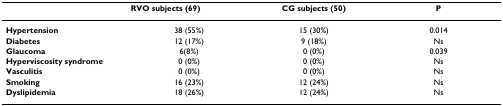
<table><thead><tr><td></td><td><b>RVO subjects (69)</b></td><td><b>CG subjects (50)</b></td><td><b>P</b></td></tr></thead><tbody><tr><td><b>Hypertension</b></td><td>38 (55%)</td><td>15 (30%)</td><td>0.014</td></tr><tr><td><b>Diabetes</b></td><td>12 (17%)</td><td>9 (18%)</td><td>Ns</td></tr><tr><td><b>Glaucoma</b></td><td>6(8%)</td><td>0 (0%)</td><td>0.039</td></tr><tr><td><b>Hyperviscosity syndrome</b></td><td>0 (0%)</td><td>0 (0%)</td><td>Ns</td></tr><tr><td><b>Vasculitis</b></td><td>0 (0%)</td><td>0 (0%)</td><td>Ns</td></tr><tr><td><b>Smoking</b></td><td>16 (23%)</td><td>12 (24%)</td><td>Ns</td></tr><tr><td><b>Dyslipidemia</b></td><td>18 (26%)</td><td>12 (24%)</td><td>Ns</td></tr></tbody></table>